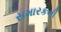
સમારકની